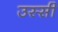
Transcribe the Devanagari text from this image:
उस्सी